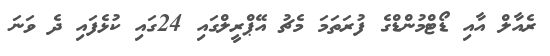
ރެއާލް އާއި ޑޯޓްމުންޑްގެ ފުރަތަމަ މެޗު އޭޕްރީލްގައި 24ގައި ކުޅެފައި ދެ ވަނަ